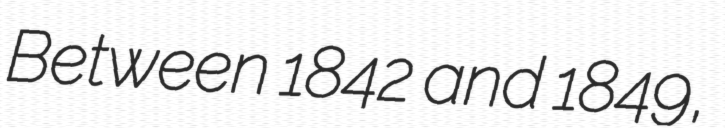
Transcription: Between 1842 and 1849,